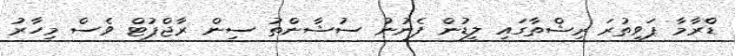
ޑްރާމާ ޕަވިތުރަ ރިޝްތާގައި ލީޑުން ފެނުނު ސުޝާންތު ސިން ރާޖްޕުޓް ވެސް މިހާރު